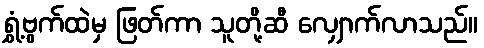
ရွှံ့ဗွက်ထဲမှ ဖြတ်ကာ သူတို့ဆီ လျှောက်လာသည်။